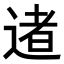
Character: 𨔾